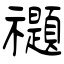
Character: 禵